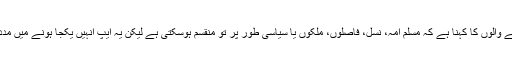
اس ایپ کے بنانے والوں کا کہنا ہے کہ مسلم امہ، نسل، فاصلوں، ملکوں یا سیاسی طور پر تو منقسم ہوسکتی ہے لیکن یہ ایپ انہیں یکجا ہونے میں مدد فراہم کرتی ہے۔